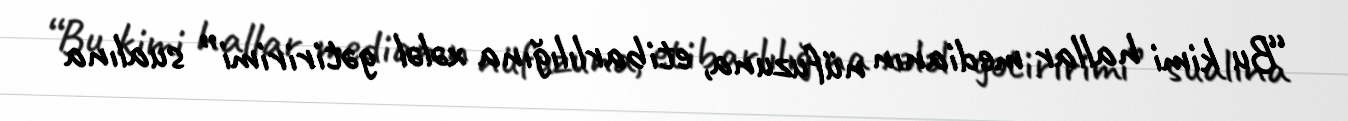
“Bu kimi hallar medianın nüfuzuna, etibarlılığına xələl gətiririmi” sualına